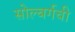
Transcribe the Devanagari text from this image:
सोल्बर्गची